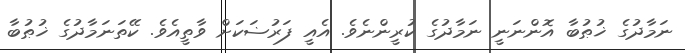
ނަމާދުގެ ޚުޠުބާ އޮންނަނީ ނަމާދުގެ ކުރީންނެވެ. އެއީ ފަރުޟަކަށް ވާތީއެވެ. ކޭތަނަމާދުގެ ޚުޠުބާ